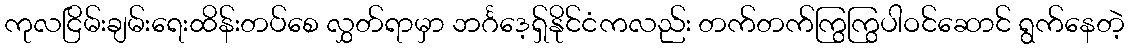
ကုလငြိမ်းချမ်းရေးထိန်းတပ်စေ လွှတ်ရာမှာ ဘင်္ဂဒေ့ရှ်နိုင်ငံကလည်း တက်တက်ကြွကြွပါဝင်ဆောင် ရွက်နေတဲ့